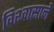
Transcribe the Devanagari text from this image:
विश्‍वासाने